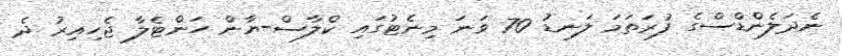
ނެދަލެންޑްސްގެ ފުރަތަމަ ލަނޑު 70 ވަނަ މިނެޓުގައި ކްލާސް-ޔާން ހަންޓެލާ ޖެހިއިރު ދެ